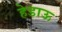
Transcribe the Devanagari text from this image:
हेडाऊ